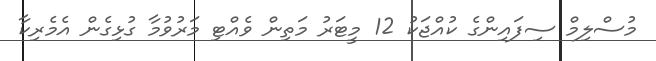
މުސްލިމް ސިފައިންގެ ކުއްޖަކު 12 މީޓަރު މަތިން ވެއްޓި މަރުވުމާ ގުޅިގެން އެމެރިކާ